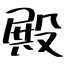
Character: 殿